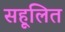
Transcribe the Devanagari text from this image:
सहूलित